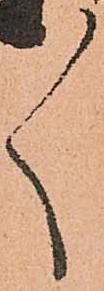
々